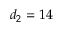
d _ { 2 } = 1 4